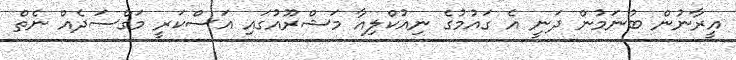
އީރާނުން ބުނަމުން ދަނީ އެ ގައުމުގެ ނިއުކްލިއާ މަޝްރޫއުގައި އަސްކަރީ މަގްސަދެެއް ނެތް